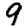
Digit: 9